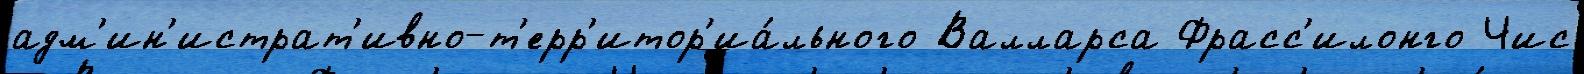
адм'ин'истрат'ивно-т'ерр'итор'иа́льного Валларса Фрасс'илонго Чис